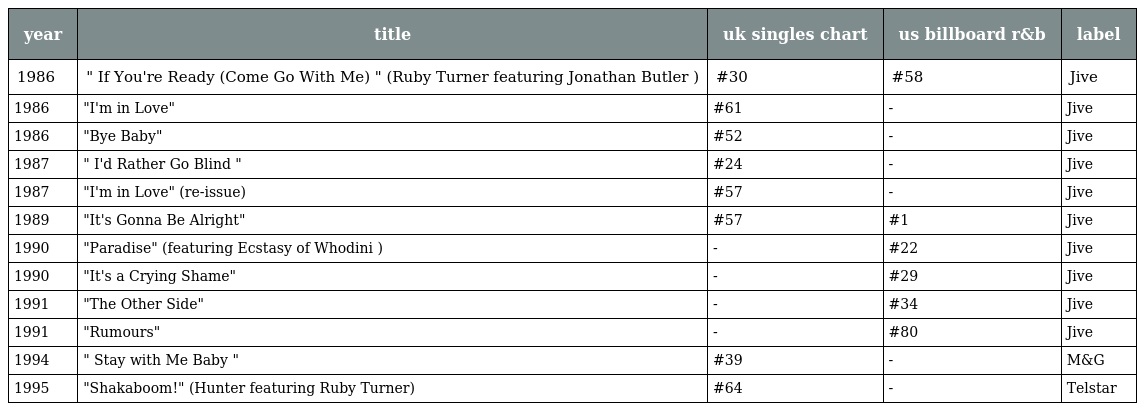
| year | title | uk singles chart | us billboard r&b | label |
 | --- | --- | --- | --- | --- |
 | 1986 | " If You're Ready (Come Go With Me) " (Ruby Turner featuring Jonathan Butler ) | #30 | #58 | Jive |
 | 1986 | "I'm in Love" | #61 | - | Jive |
 | 1986 | "Bye Baby" | #52 | - | Jive |
 | 1987 | " I'd Rather Go Blind " | #24 | - | Jive |
 | 1987 | "I'm in Love" (re-issue) | #57 | - | Jive |
 | 1989 | "It's Gonna Be Alright" | #57 | #1 | Jive |
 | 1990 | "Paradise" (featuring Ecstasy of Whodini ) | - | #22 | Jive |
 | 1990 | "It's a Crying Shame" | - | #29 | Jive |
 | 1991 | "The Other Side" | - | #34 | Jive |
 | 1991 | "Rumours" | - | #80 | Jive |
 | 1994 | " Stay with Me Baby " | #39 | - | M&G |
 | 1995 | "Shakaboom!" (Hunter featuring Ruby Turner) | #64 | - | Telstar |